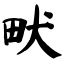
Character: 畎